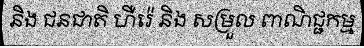
និង ជនជាតិ ហឺរ៉េ និង សម្រួល ពាណិជ្ជកម្ម